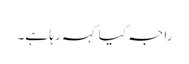
راجہ کیا کہہ رہا ہے۔